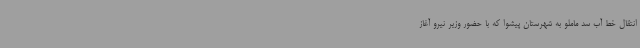
انتقال خط آب سد ماملو به شهرستان پیشوا که ‌با حضور وزیر نیرو آغاز